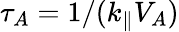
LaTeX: \tau_{A}=1/(k_{\parallel}V_{A})